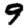
Digit: 9